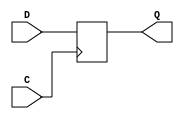

`timescale  1 ps / 1 ps


module FD (Q, C, D);

    parameter INIT = 1'b0;

    output Q;

    input  C, D;

    wire Q;
    reg q_out;

    initial q_out = INIT;

    always @(posedge C)
       q_out <=  D;

    assign Q = q_out;

endmodule